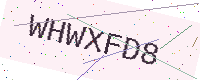
Text: WHWXFD8